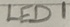
Text: LED1